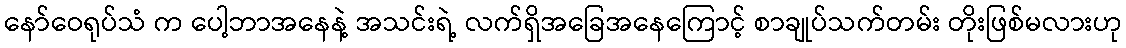
နော်ဝေရုပ်သံ က ပေါ့ဘာအနေနဲ့ အသင်းရဲ့ လက်ရှိအခြေအနေကြောင့် စာချုပ်သက်တမ်း တိုးဖြစ်မလားဟု